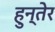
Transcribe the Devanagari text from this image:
हुन्तेर